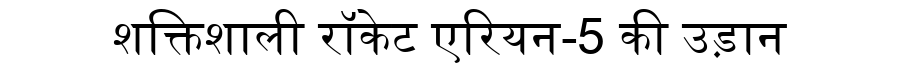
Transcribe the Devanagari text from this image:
शक्तिशाली रॉकेट एरियन-5 की उड़ान